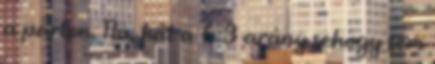
a parton. Na, hát a 6:3 arány sehogy sem